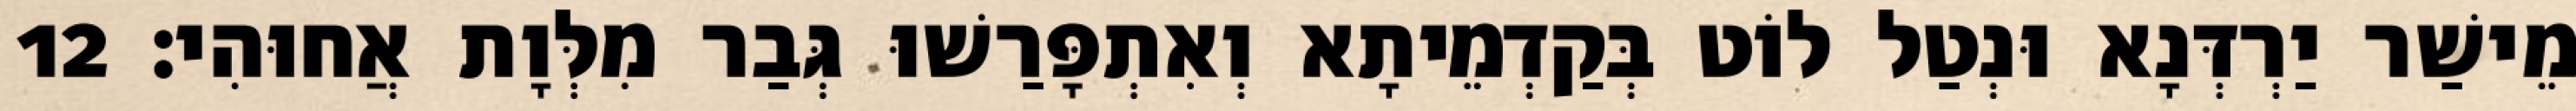
מֵישַׁר יַרְדְּנָא וּנְטַל לוֹט בְּקַדְמֵיתָא וְאִתְפָּרַשׁוּ גְּבַר מִלְּוָת אֲחוּהִי׃ 12